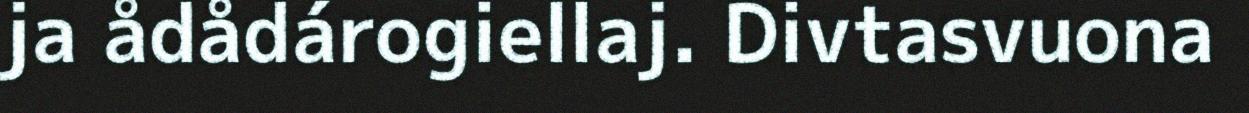
ja ådådárogiellaj. Divtasvuona